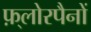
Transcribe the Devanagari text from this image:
फ़्लोरपैनों